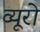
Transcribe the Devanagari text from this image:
व्‍यूरो